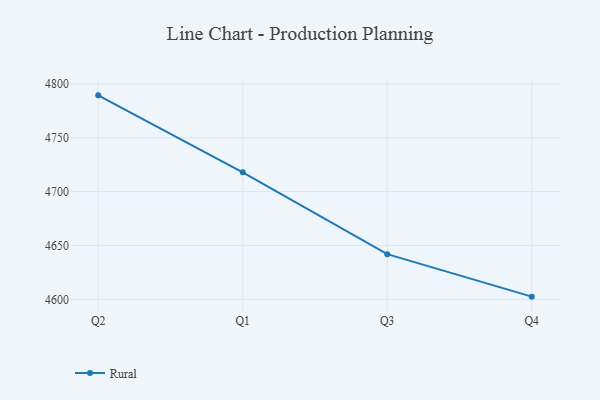
{"axis": {"x": "Quarter", "y": "Shipments"}, "legend": ["Rural"], "data": [{"x": "Q2", "y": 4789.3, "type": "Rural"}, {"x": "Q1", "y": 4717.9, "type": "Rural"}, {"x": "Q3", "y": 4641.9, "type": "Rural"}, {"x": "Q4", "y": 4602.5, "type": "Rural"}]}